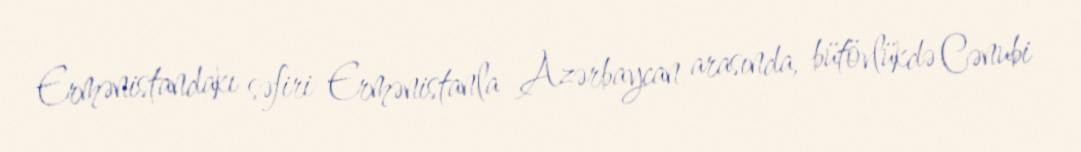
Ermənistandakı səfiri Ermənistanla Azərbaycan arasında, bütövlükdə Cənubi